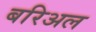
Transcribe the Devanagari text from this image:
बरिअल